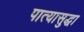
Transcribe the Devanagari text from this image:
पात्यासुद्धा